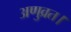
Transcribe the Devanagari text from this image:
अणुव्रत।